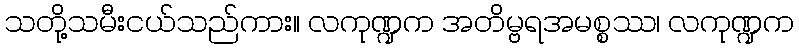
သတို့သမီးငယ်သည်ကား။ လကုဏ္ဍက အတိမ္ဗရအမစ္စဿ၊ လကုဏ္ဍက